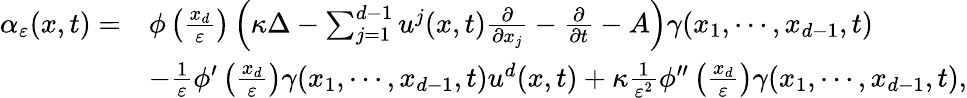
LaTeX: \begin{array}{rl}{\alpha_{\varepsilon}(x,t)=}&{\phi\left(\frac{x_{d}}{\varepsilon}\right)\left(\kappa\Delta-\sum_{j=1}^{d-1}u^{j}(x,t)\frac{\partial}{\partial x_{j}}-\frac{\partial}{\partial t}-A\right)\gamma(x_{1},\cdots,x_{d-1},t)}\\ &{-\frac{1}{\varepsilon}\phi^{\prime}\left(\frac{x_{d}}{\varepsilon}\right)\gamma(x_{1},\cdots,x_{d-1},t)u^{d}(x,t)+\kappa\frac{1}{\varepsilon^{2}}\phi^{\prime\prime}\left(\frac{x_{d}}{\varepsilon}\right)\gamma(x_{1},\cdots,x_{d-1},t),}\end{array}